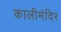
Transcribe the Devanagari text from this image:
कालीमंदिर